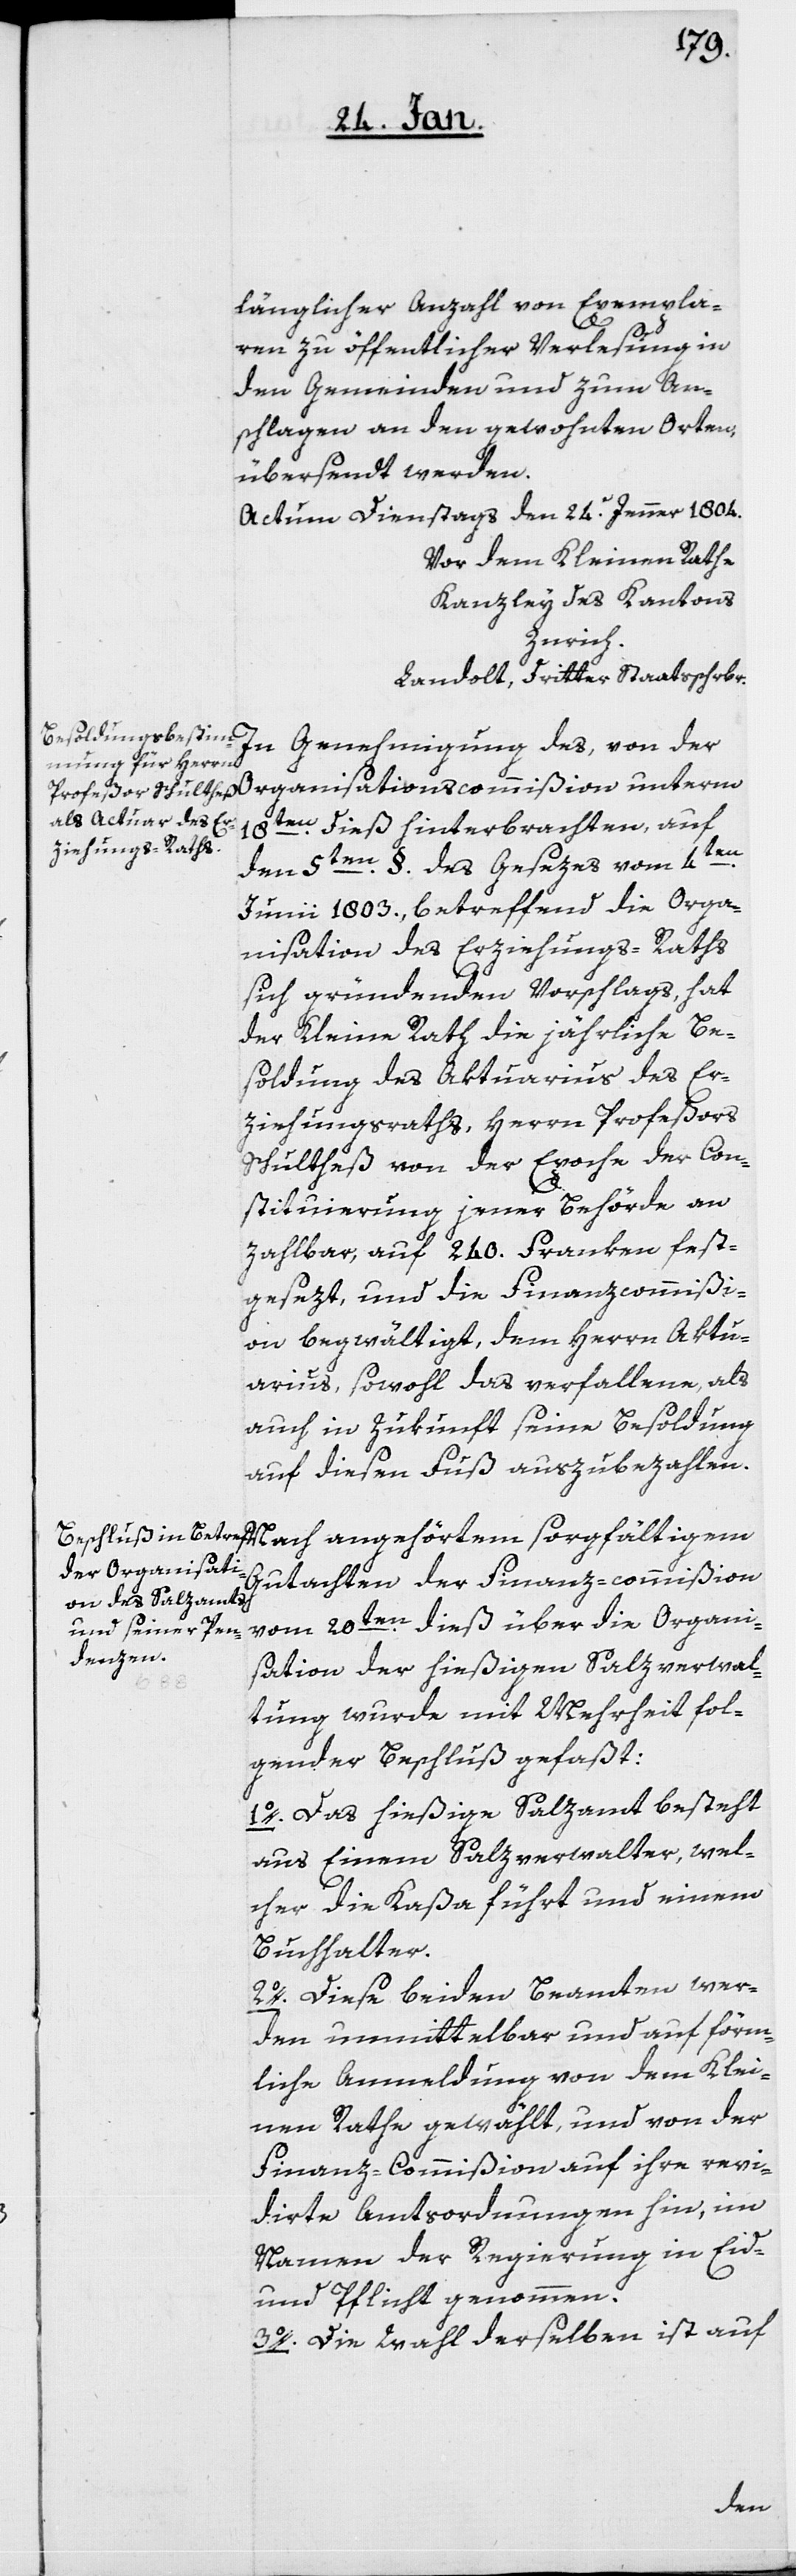
länglicher Anzahl von Exempla¬
ren zu öffentlicher Verlesung in
den Gemeinden und zum An¬
schlagen an den gewohnten Orten,
übersendt werden.
Actum Dienstags den 24. Jenner 1804.
Vor dem Kleinen Rathe,
Kanzley des Kantons
Zurich.
Landolt, dritter Staatsschrbr.
In Genehmigung des, von der
Organisationscommißion unterm
18ten. dieß hinterbrachten, auf
den 5ten. §. des Gesezes vom 4ten.
Junii 1803., betreffend die Orga¬
nisation des Erziehungs-Raths
sich gründenden Vorschlags, hat
der Kleine Rath die jährliche Be¬
soldung des Aktuarius des Er¬
ziehungsraths, Herrn Profeßors
Schultheß von der Epoche der Con¬
stituierung jener Behörde an
zahlbar, auf 240. Franken fest¬
gesezt, und die Finanzcommißi¬
on begwältigt, dem Herrn Aktu¬
arius, sowohl das verfallene, als
auch in Zukunft seine Besoldung
auf diesen Fuß auszubezahlen.